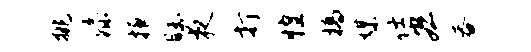
挑漆掖瞩夜打惶槁媒仕宏吞